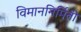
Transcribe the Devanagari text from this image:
विमाननिर्मिती